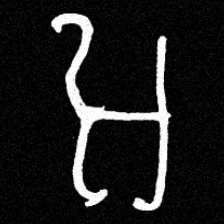
Pyu character \u2014 Myanmar letter: အ (romanized: a)